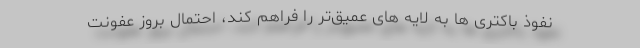
نفوذ باکتری ها به لایه های عمیق‌تر را فراهم کند، احتمال بروز عفونت